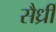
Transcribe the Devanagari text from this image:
सैर्ध्रीं